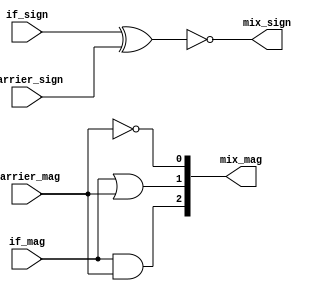
           //                              -*- Mode: Verilog -*-
// Description     : Mix together the incomming signal with the local carrier.
 
 
 
/*
 The IF raw data and carrier are two bit quantities.
 Each has a sign bit and a mag bit.
 The IF_mag bit represents the values 1 and 3.
 The carrier_mag bit represents the values 1 and 2.
 
 The mix_mag is three bits representing the values 1,2,3,6
 The mix_sign bit is 0 for negative, 1 for positive.
 
 truth table
 
 if_mag       | 0 0 1 1 |
 carrier_mag  | 0 1 0 1 |
 output bit:
            0 | 1 0 1 0 | = not carrier_mag
 
            1 | 0 1 1 1 | = if_mag or carrier_mag
            2 | 0 0 0 1 | = if_mag and carrier_mag
 -------------|---------|
    value     | 1 2 3 6 |
 
 if_sign      | 0 0 1 1 |  (0 = -ve, 1 = +ve)
 carrier sign | 0 1 0 1 |
 output sign:
              | 1 0 0 1 |  = not( if_sign xor carrier_sign )
*/
/*
    Copyright (C) 2007  Peter Mumford
 
    This library is free software; you can redistribute it and/or
    modify it under the terms of the GNU Lesser General Public
    License as published by the Free Software Foundation; either
    version 2.1 of the License, or (at your option) any later version.
 
    This library is distributed in the hope that it will be useful,
    but WITHOUT ANY WARRANTY; without even the implied warranty of
    MERCHANTABILITY or FITNESS FOR A PARTICULAR PURPOSE.  See the GNU
    Lesser General Public License for more details.
 
    You should have received a copy of the GNU Lesser General Public
    License along with this library; if not, write to the Free Software
    Foundation, Inc., 51 Franklin Street, Fifth Floor, Boston, MA  02110-1301  USA
*/
 
module carrier_mixer (if_sign, if_mag, carrier_sign, carrier_mag, mix_sign, mix_mag);
 
input if_sign, if_mag, carrier_sign, carrier_mag;
output mix_sign;
output [2:0] mix_mag;
 
assign mix_mag[0] = !carrier_mag;
assign mix_mag[1] = if_mag | carrier_mag;
assign mix_mag[2] = if_mag & carrier_mag;
assign mix_sign = !(if_sign ^ carrier_sign);
 
endmodule